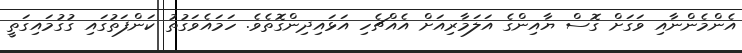
އެންމެންނާއި ވަގަށް ގޮސް ޔާއިންގެ އަލަމާރިއަށް އެއްޗެހި އަޅައިދިންގޮތެވެ. ހަމައެވަގުތު ކަންފަތުގައި ގުގުމައިގަތީ